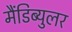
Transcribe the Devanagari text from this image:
मैंडिब्युलर